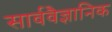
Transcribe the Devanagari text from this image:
सार्ववैज्ञानिक